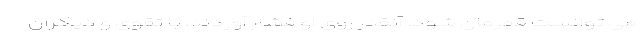
می توانست قهرمان شود. آنقدر روی او فشار آوردند، با تقوی و دیگران